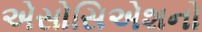
એસોસિએશનો